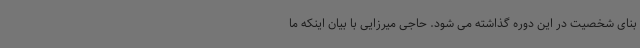
بنای شخصیت در این دوره گذاشته می شود. حاجی میرزایی با بیان اینکه ما